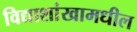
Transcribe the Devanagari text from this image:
विद्याशांखामधील